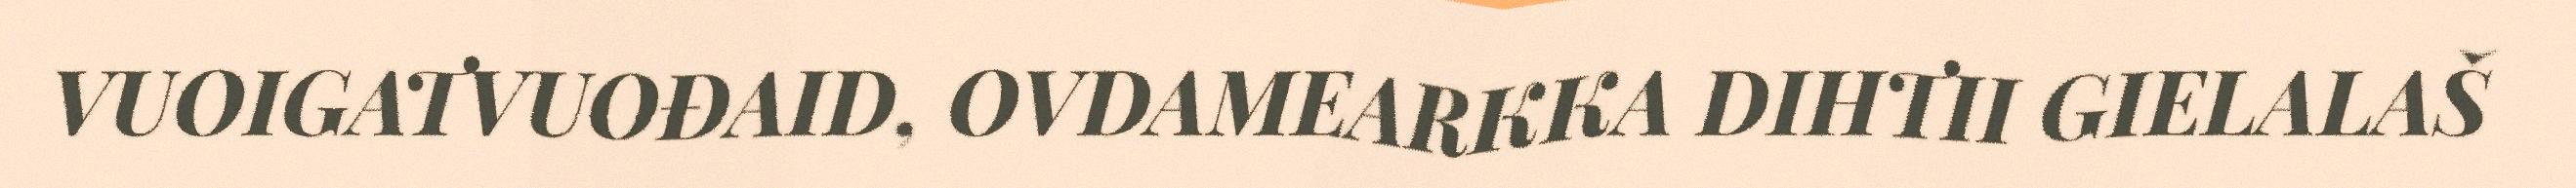
VUOIGATVUOĐAID, OVDAMEARKKA DIHTII GIELALAŠ